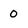
Character: 0